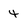
Character: 4